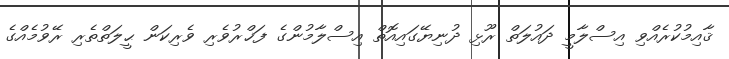
ޤާއިމުކުރެއްވި އިސްލާމީ ދައުލަތް ރޫޅި ދުނިޔޭގައިއޮތް އިސްލާމުންގެ ފަޚްރުވެރި ވެރިކަން ޙީލަތްތެރި ރޭވުމެއްގެ